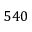
5 4 0